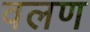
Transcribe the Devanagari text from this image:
वलण